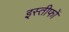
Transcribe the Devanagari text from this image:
इस्तीफों